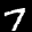
Label: 7